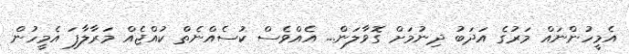
އެމީހުންނައް މަރުގެ އަދަބު ދިނުމަށް ގޮވާލަން... އެެއްވެސް ކުސެއްނެތް ކުއްޖެއް މަރާލާފަ އެމީހުން